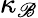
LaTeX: \kappa_{\mathscr{B}}